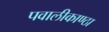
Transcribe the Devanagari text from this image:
पवालीकाण्ठा